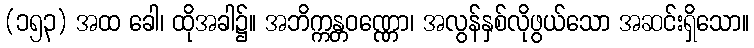
(၁၅၃) အထ ခေါ၊ ထိုအခါ၌။ အဘိက္ကန္တဝဏ္ဏော၊ အလွန်နှစ်လိုဖွယ်သော အဆင်းရှိသော။